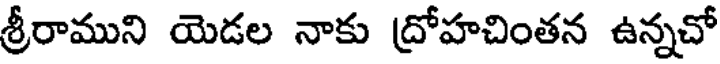
శ్రీరాముని యెడల నాకు ద్రోహచింతన ఉన్నచో